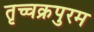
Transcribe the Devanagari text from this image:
तृच्चक्रपुरम